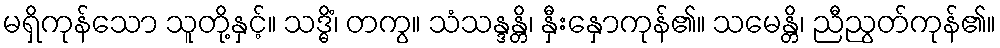
မရှိကုန်သော သူတို့နှင့်။ သဒ္ဓိံ၊ တကွ။ သံသန္ဒန္တိ၊ နှီးနှောကုန်၏။ သမေန္တိ၊ ညီညွတ်ကုန်၏။